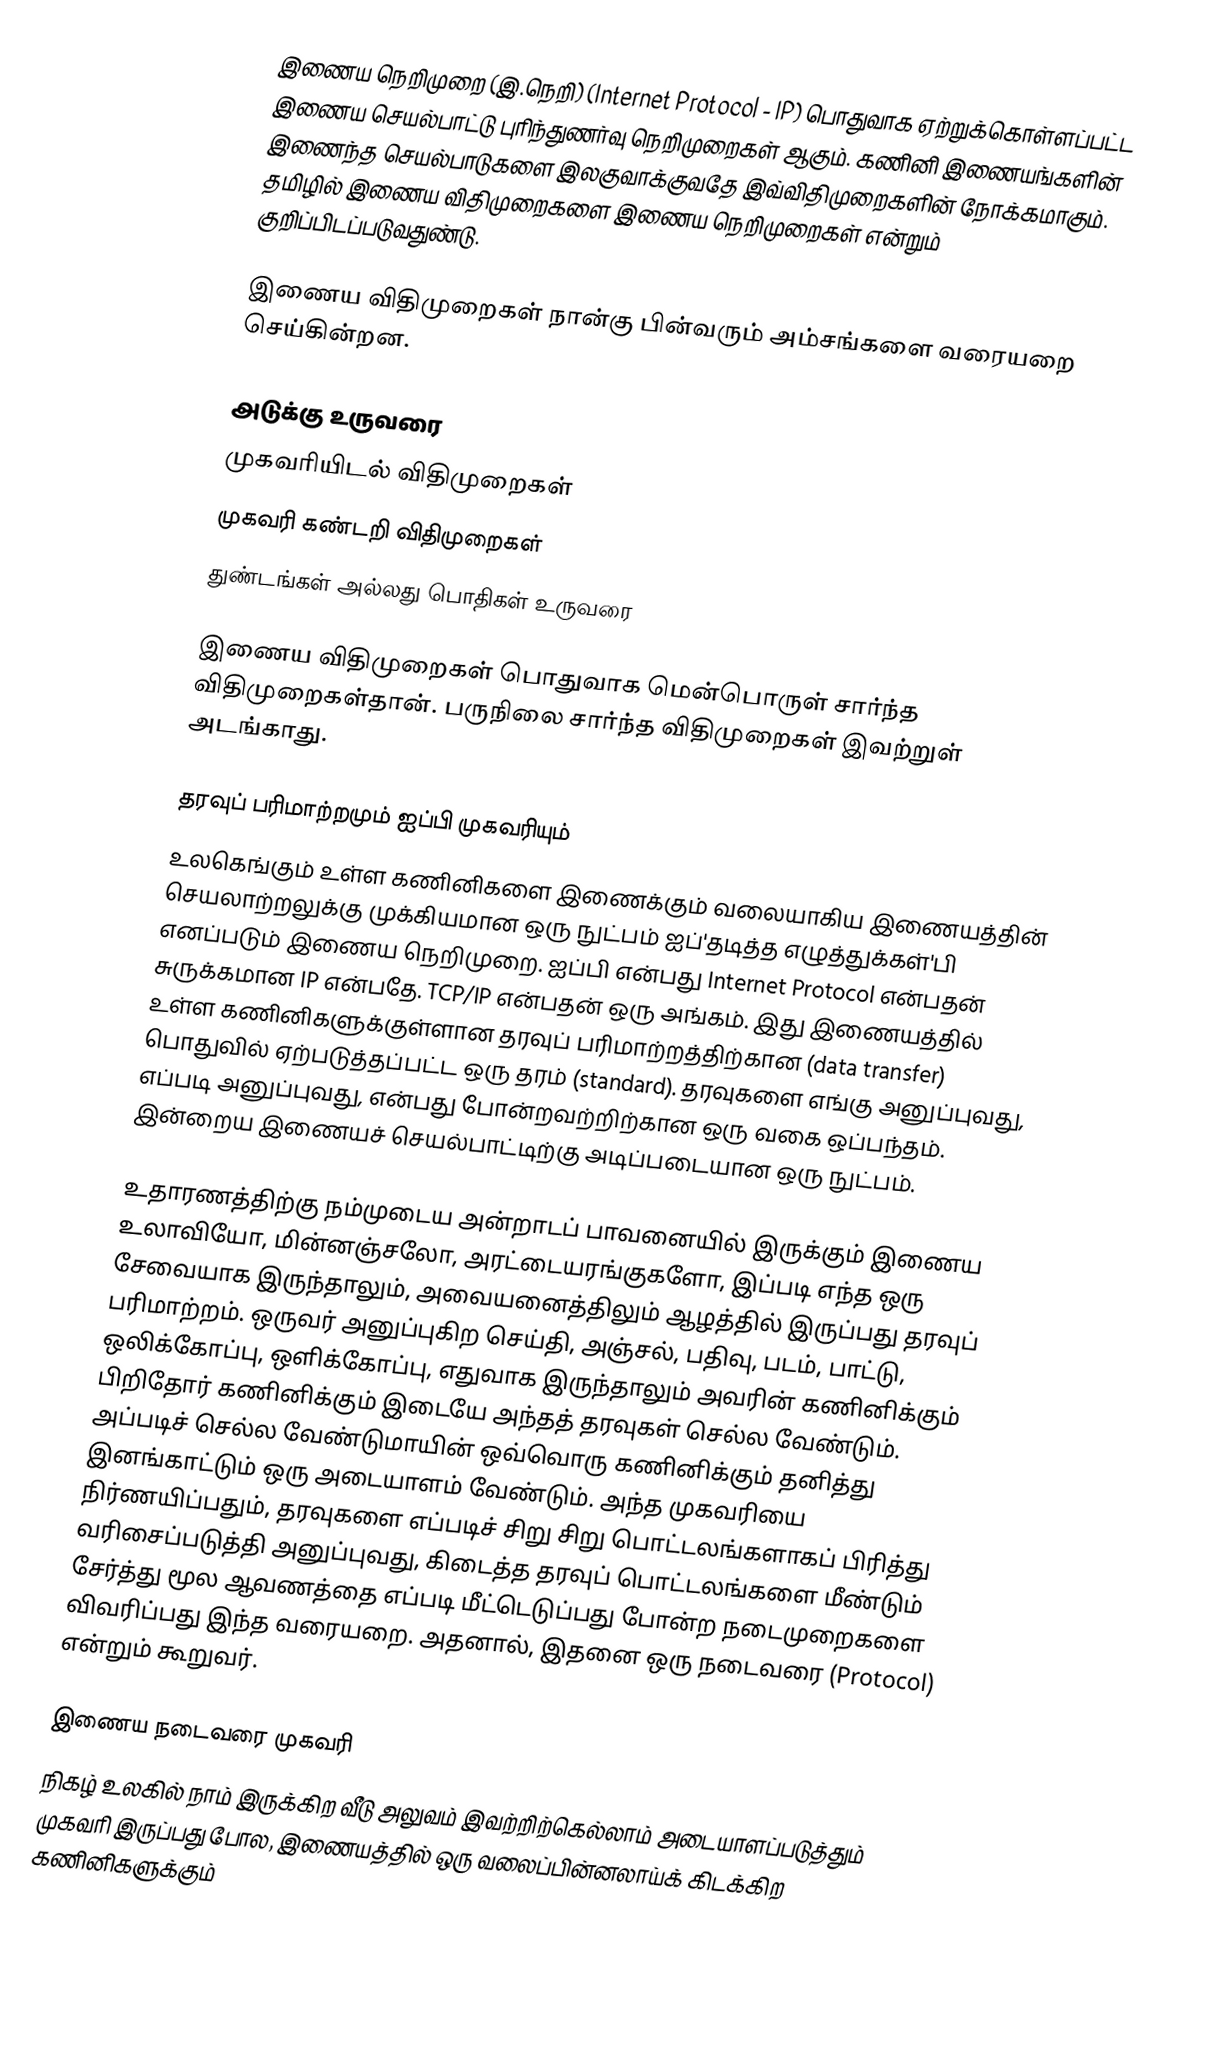
இணைய நெறிமுறை (இ.நெறி) (Internet Protocol - IP) பொதுவாக ஏற்றுக்கொள்ளப்பட்ட இணைய செயல்பாட்டு புரிந்துணர்வு நெறிமுறைகள் ஆகும். கணினி இணையங்களின் இணைந்த செயல்பாடுகளை இலகுவாக்குவதே இவ்விதிமுறைகளின் நோக்கமாகும். தமிழில் இணைய விதிமுறைகளை இணைய நெறிமுறைகள் என்றும் குறிப்பிடப்படுவதுண்டு.

இணைய விதிமுறைகள் நான்கு பின்வரும் அம்சங்களை வரையறை செய்கின்றன.

 அடுக்கு உருவரை
 முகவரியிடல் விதிமுறைகள்
 முகவரி கண்டறி விதிமுறைகள்
 துண்டங்கள் அல்லது பொதிகள் உருவரை

இணைய விதிமுறைகள் பொதுவாக மென்பொருள் சார்ந்த விதிமுறைகள்தான். பருநிலை சார்ந்த விதிமுறைகள் இவற்றுள் அடங்காது.

தரவுப் பரிமாற்றமும் ஐப்பி முகவரியும்
உலகெங்கும் உள்ள கணினிகளை இணைக்கும் வலையாகிய இணையத்தின் செயலாற்றலுக்கு முக்கியமான ஒரு நுட்பம் ஐப்'தடித்த எழுத்துக்கள்'பி எனப்படும் இணைய நெறிமுறை. ஐப்பி என்பது Internet Protocol என்பதன் சுருக்கமான IP என்பதே. TCP/IP என்பதன் ஒரு அங்கம். இது இணையத்தில் உள்ள கணினிகளுக்குள்ளான தரவுப் பரிமாற்றத்திற்கான (data transfer) பொதுவில் ஏற்படுத்தப்பட்ட ஒரு தரம் (standard). தரவுகளை எங்கு அனுப்புவது, எப்படி அனுப்புவது, என்பது போன்றவற்றிற்கான ஒரு வகை ஒப்பந்தம். இன்றைய இணையச் செயல்பாட்டிற்கு அடிப்படையான ஒரு நுட்பம்.

உதாரணத்திற்கு நம்முடைய அன்றாடப் பாவனையில் இருக்கும் இணைய உலாவியோ, மின்னஞ்சலோ, அரட்டையரங்குகளோ, இப்படி எந்த ஒரு சேவையாக இருந்தாலும், அவையனைத்திலும் ஆழத்தில் இருப்பது தரவுப் பரிமாற்றம். ஒருவர் அனுப்புகிற செய்தி, அஞ்சல், பதிவு, படம், பாட்டு, ஒலிக்கோப்பு, ஒளிக்கோப்பு, எதுவாக இருந்தாலும் அவரின் கணினிக்கும் பிறிதோர் கணினிக்கும் இடையே அந்தத் தரவுகள் செல்ல வேண்டும். அப்படிச் செல்ல வேண்டுமாயின் ஒவ்வொரு கணினிக்கும் தனித்து இனங்காட்டும் ஒரு அடையாளம் வேண்டும். அந்த முகவரியை நிர்ணயிப்பதும், தரவுகளை எப்படிச் சிறு சிறு பொட்டலங்களாகப் பிரித்து வரிசைப்படுத்தி அனுப்புவது, கிடைத்த தரவுப் பொட்டலங்களை மீண்டும் சேர்த்து மூல ஆவணத்தை எப்படி மீட்டெடுப்பது போன்ற நடைமுறைகளை விவரிப்பது இந்த வரையறை. அதனால், இதனை ஒரு நடைவரை (Protocol) என்றும் கூறுவர்.

இணைய நடைவரை முகவரி
நிகழ் உலகில் நாம் இருக்கிற வீடு அலுவம் இவற்றிற்கெல்லாம் அடையாளப்படுத்தும் முகவரி இருப்பது போல, இணையத்தில் ஒரு வலைப்பின்னலாய்க் கிடக்கிற கணினிகளுக்கும்